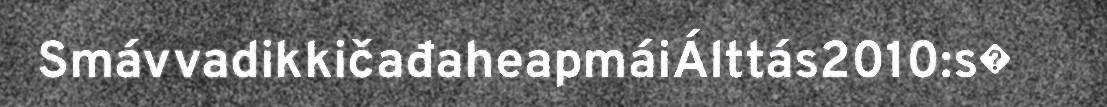
SmávvadikkičađaheapmáiÁlttás2010:s�